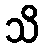
သိ